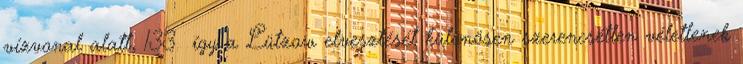
vízvonal alatt, 133 így a Lützow elvesztését különösen szerencsétlen véletlenek